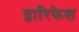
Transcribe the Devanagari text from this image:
द्वारिकेश